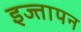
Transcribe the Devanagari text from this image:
इज्तापन